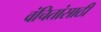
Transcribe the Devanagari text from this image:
वंचितांसाठी